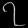
Digit: ၇